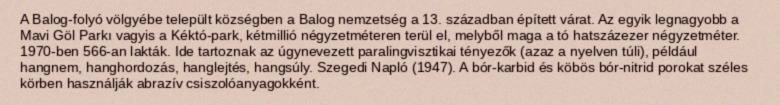
A Balog-folyó völgyébe települt községben a Balog nemzetség a 13. században épített várat. Az egyik legnagyobb a Mavi Göl Parkı vagyis a Kéktó-park, kétmillió négyzetméteren terül el, melyből maga a tó hatszázezer négyzetméter. 1970-ben 566-an lakták. Ide tartoznak az úgynevezett paralingvisztikai tényezők (azaz a nyelven túli), például hangnem, hanghordozás, hanglejtés, hangsúly. Szegedi Napló (1947). A bór-karbid és köbös bór-nitrid porokat széles körben használják abrazív csiszolóanyagokként.